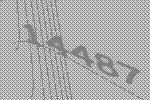
14487